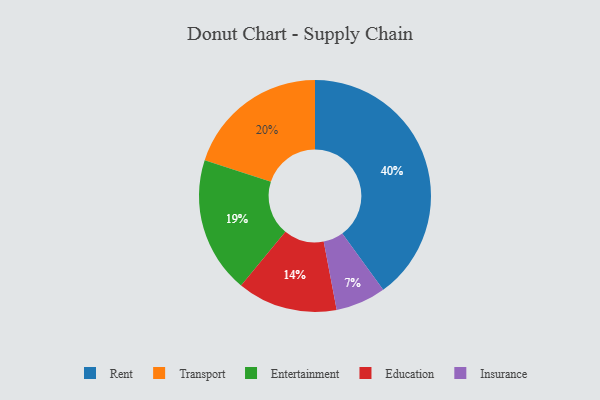
{"axis": {"x": "Category", "y": "Percentage"}, "legend": ["Education", "Entertainment", "Insurance", "Rent", "Transport"], "data": [{"x": "Rent", "y": 40, "type": "Rent"}, {"x": "Education", "y": 14, "type": "Education"}, {"x": "Entertainment", "y": 19, "type": "Entertainment"}, {"x": "Insurance", "y": 7, "type": "Insurance"}, {"x": "Transport", "y": 20, "type": "Transport"}]}